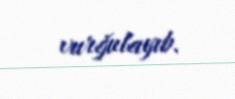
vurğulayıb.